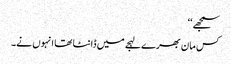
سمجھے‘‘
کس مان بھرے لہجے میں ڈانٹا تھا انہوں نے۔